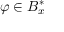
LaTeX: \varphi \in B _ { x } ^ { * }